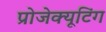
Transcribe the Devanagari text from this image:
प्रोजेक्यूटिंग